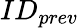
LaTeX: ID_{prev}